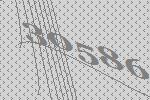
30586